Civil Veterinary Department Bihar & Orissa reports 1911-21 - 1911-1921
Year: 1911
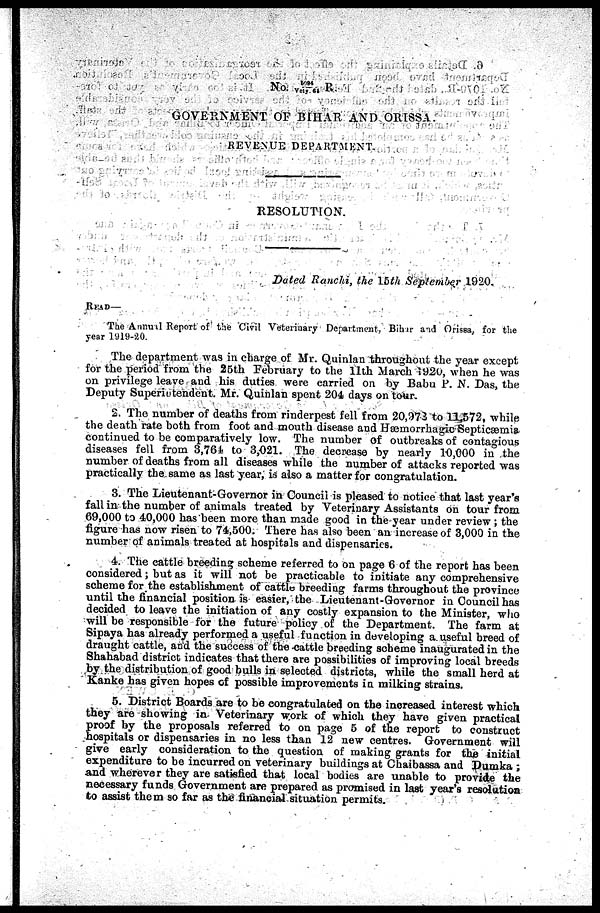
No. 5094/Vety.64 R.
GOVERNMENT OF BIHAR AND ORISSA.
REVENUE DEPARTMENT,
RESOLUTION.
Dated Ranchi, the 15th September 1920.
READ—
The Annual Report of the Civil Veterinary Department. Bihar and Orissa, for the
year 1919-20.
The department was in charge of Mr. Quinlan throughout the year except
for the period from the 25th February to the 11th March 1920, when he was
on privilege leave and his duties were earned on by Babu P. N. Das, the
Deputy Superintendent. Mr. Quinlan spent 204 days on tour,
2. The number of deaths from rinderpest fell from 20,973 to 11,572, while
the death rate both from foot and mouth disease and Hæmorrhagic-Septicæmia,
continued to be comparatively low. The number of outbreaks of contagious
diseases fell from 3,764 to 3,021. The decrease by nearly 10,000 in the
number of deaths from all diseases while the number of attacks reported was
practically the same as last year, is also a matter for congratulation.
3. The Lieutenant-Governor in Council is pleased to notice that last year's
fall in the number of animals treated by Veterinary Assistants on tour from
69,000 to 40,000 has been more than made good in the year under review ; the
figure has now risen to 74,500. There has also been an increase of 3,000 in the
number of animals treated at hospitals and dispensaries.
4. The cattle breeding scheme referred to on page 6 of the report has been
considered; but as it will not be practicable to initiate any comprehensive
scheme for the establishment of cattle breeding farms throughout the province
until the financial position is easier, the Lieutenant-Governor in Council has
decided to leave the initiation of any costly expansion to the Minister, who
will be responsible for the future policy of the Department. The farm at
Sipaya has already performed a useful function in developing a useful breed of
draught cattle, and the success of the -cattle breeding scheme inaugurated in the
Shahabad district indicates that there are possibilities of improving local breeds
by the distribution of good bulls in selected districts, while the small herd at
Kanke has given hopes of possible improvements in milking strains.
5. District Boards are to be congratulated on the increased interest which
they are showing in Veterinary work of which they have given practical
proof by the proposals referred to on page 5 of the report to construct
hospitals or dispensaries in no less than 12 new centres. Government will
give early consideration to the question of making grants for the initial
expenditure to be incurred on veterinary buildings at Chaibassa and Dumka ;
and wherever they are satisfied that local bodies are unable to provide the
necessary funds Government are prepared as promised in last year's resolution
to assist them so far as the financial situation permits.